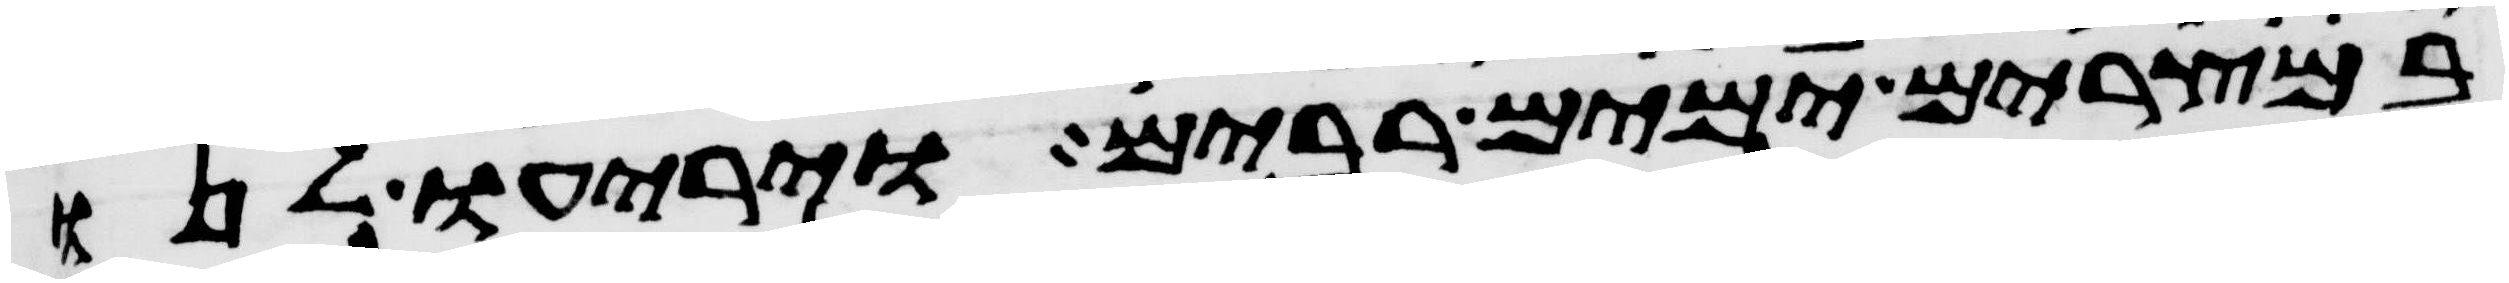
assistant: במצרים ימים רבים ויריעו לנו